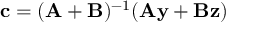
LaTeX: \mathbf { c } = ( \mathbf { A } + \mathbf { B } ) ^ { - 1 } ( \mathbf { A } \mathbf { y } + \mathbf { B } \mathbf { z } )